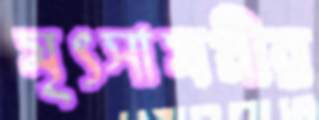
মৃৎসামগ্রীর